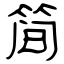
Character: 简